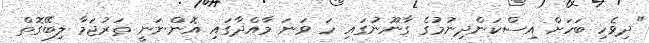
"ދިވެހި ބަހަށް އިސްކަންދިނުމުގެ ގާނޫނުގައި ހަ ވަނަ މާއްދާގައި އޮންނަނީ ތަރުޖަމާ ލިބޭގޮތް